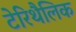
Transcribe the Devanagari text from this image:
टेरिथैलिक